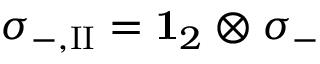
\sigma _ { - , \mathrm { I I } } = { \bf 1 } _ { 2 } \otimes \sigma _ { - }